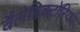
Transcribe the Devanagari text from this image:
वैलेडिक्टोरियन